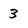
Character: 3